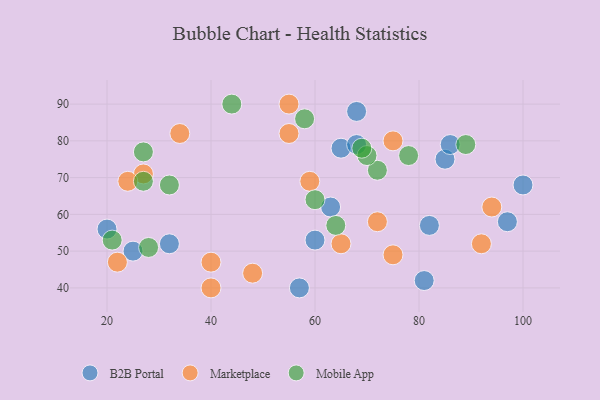
{"axis": {"x": "GDP", "y": "Life Expectancy"}, "legend": ["B2B Portal", "Marketplace", "Mobile App"], "data": [{"x": "85", "y": 75, "type": "B2B Portal"}, {"x": "32", "y": 52, "type": "B2B Portal"}, {"x": "65", "y": 78, "type": "B2B Portal"}, {"x": "97", "y": 58, "type": "B2B Portal"}, {"x": "82", "y": 57, "type": "B2B Portal"}, {"x": "57", "y": 40, "type": "B2B Portal"}, {"x": "100", "y": 68, "type": "B2B Portal"}, {"x": "63", "y": 62, "type": "B2B Portal"}, {"x": "81", "y": 42, "type": "B2B Portal"}, {"x": "86", "y": 79, "type": "B2B Portal"}, {"x": "68", "y": 79, "type": "B2B Portal"}, {"x": "68", "y": 88, "type": "B2B Portal"}, {"x": "60", "y": 53, "type": "B2B Portal"}, {"x": "20", "y": 56, "type": "B2B Portal"}, {"x": "25", "y": 50, "type": "B2B Portal"}, {"x": "48", "y": 44, "type": "Marketplace"}, {"x": "75", "y": 49, "type": "Marketplace"}, {"x": "34", "y": 82, "type": "Marketplace"}, {"x": "22", "y": 47, "type": "Marketplace"}, {"x": "92", "y": 52, "type": "Marketplace"}, {"x": "75", "y": 80, "type": "Marketplace"}, {"x": "55", "y": 90, "type": "Marketplace"}, {"x": "27", "y": 71, "type": "Marketplace"}, {"x": "72", "y": 58, "type": "Marketplace"}, {"x": "40", "y": 40, "type": "Marketplace"}, {"x": "59", "y": 69, "type": "Marketplace"}, {"x": "94", "y": 62, "type": "Marketplace"}, {"x": "55", "y": 82, "type": "Marketplace"}, {"x": "65", "y": 52, "type": "Marketplace"}, {"x": "40", "y": 47, "type": "Marketplace"}, {"x": "24", "y": 69, "type": "Marketplace"}, {"x": "78", "y": 76, "type": "Mobile App"}, {"x": "58", "y": 86, "type": "Mobile App"}, {"x": "89", "y": 79, "type": "Mobile App"}, {"x": "60", "y": 64, "type": "Mobile App"}, {"x": "72", "y": 72, "type": "Mobile App"}, {"x": "70", "y": 76, "type": "Mobile App"}, {"x": "28", "y": 51, "type": "Mobile App"}, {"x": "27", "y": 77, "type": "Mobile App"}, {"x": "64", "y": 57, "type": "Mobile App"}, {"x": "21", "y": 53, "type": "Mobile App"}, {"x": "32", "y": 68, "type": "Mobile App"}, {"x": "69", "y": 78, "type": "Mobile App"}, {"x": "27", "y": 69, "type": "Mobile App"}, {"x": "44", "y": 90, "type": "Mobile App"}]}